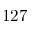
1 2 7